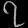
Digit: ၇